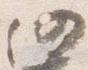
仍